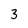
Character: 3